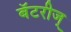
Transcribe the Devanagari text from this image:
बॅटरीज्